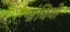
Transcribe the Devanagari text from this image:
संधियो